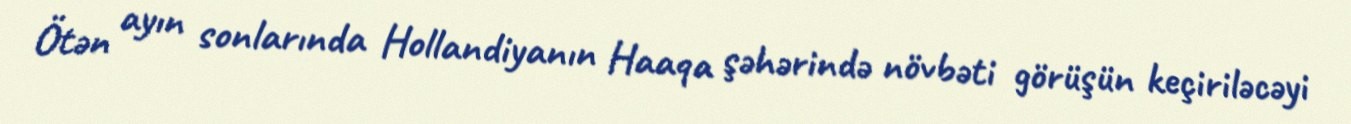
Ötən ayın sonlarında Hollandiyanın Haaqa şəhərində növbəti görüşün keçiriləcəyi